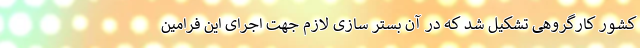
کشور کارگروهی تشکیل شد که در آن بستر سازی لازم جهت اجرای این فرامین